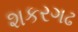
શકરગઢ